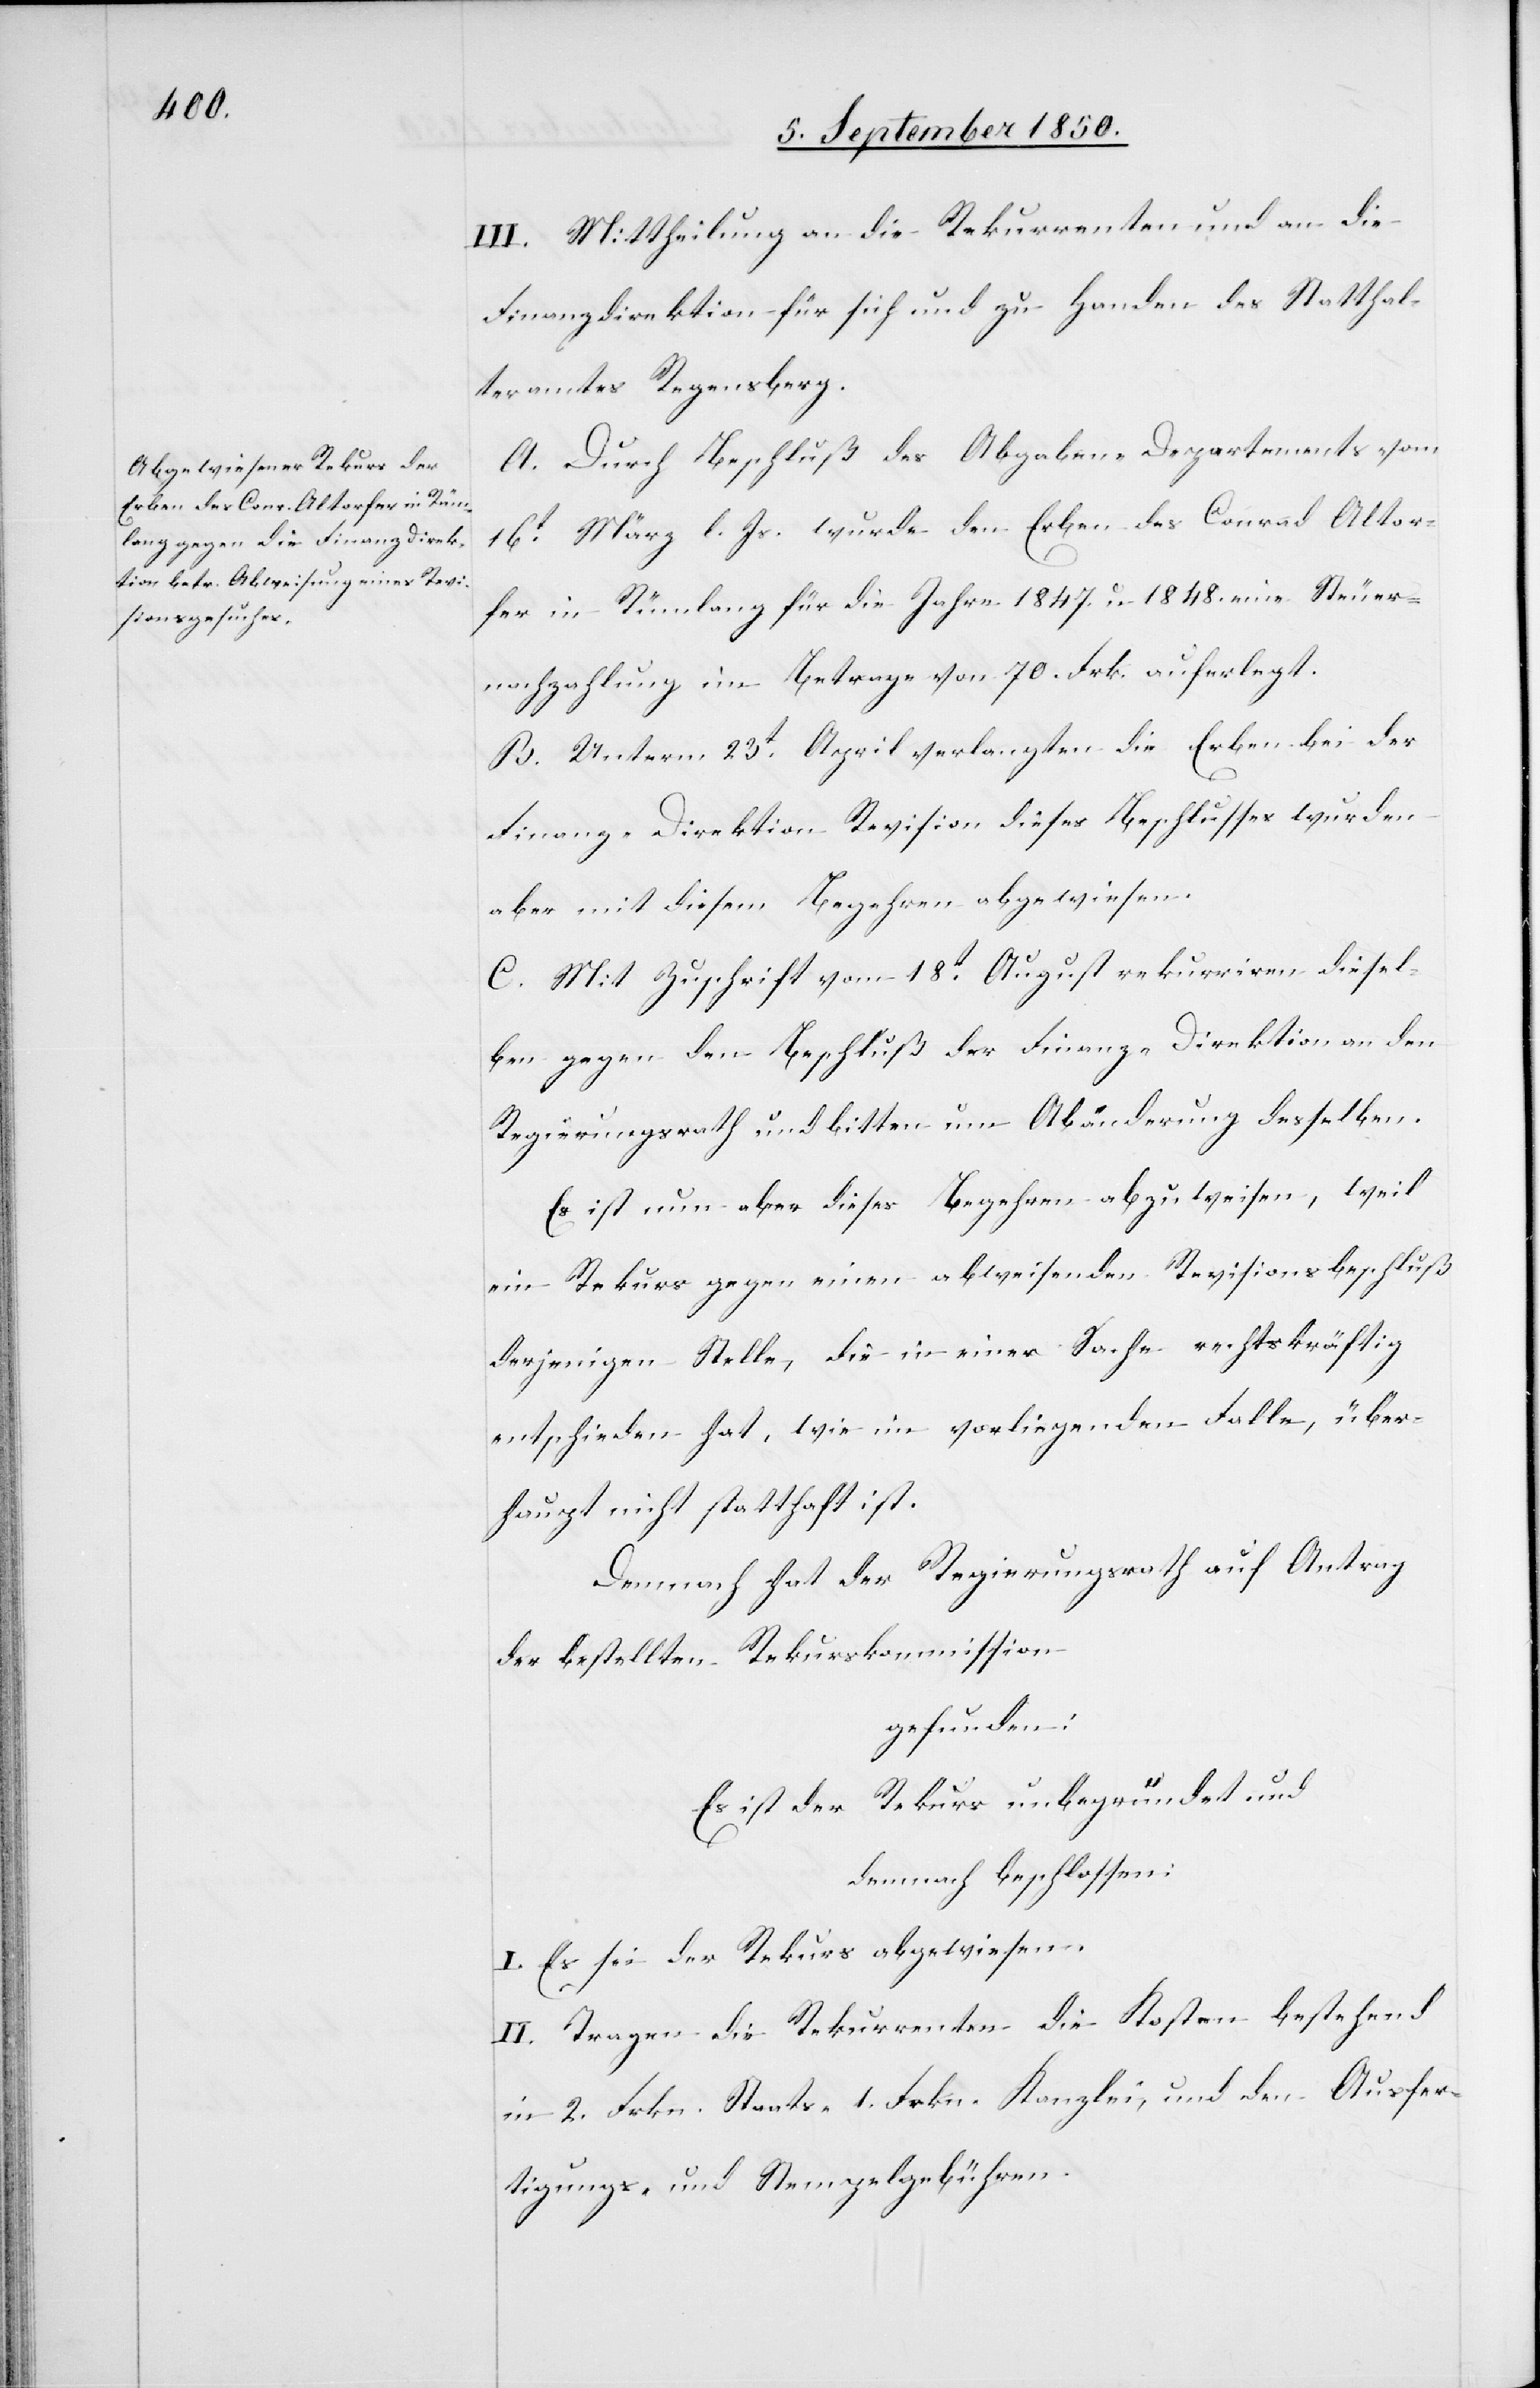
III. Mittheilung an die Rekurrenten und an die
Finanzdirektion für sich und zu Handen des Statthal¬
teramtes Regensberg.
A. Durch Beschluß des Abgaben-Departements vom
16t März l. Js. wurde den Erben des Conrad Altor¬
fer in Rümlang für die Jahre 1847. u. 1848. eine Steuer¬
nachzahlung im Betrage von 70. Frk. auferlegt.
B. Unterm 23t April verlangten die Erben bei der
Finanz-Direktion Revision dieses Beschlusses wurden
aber mit diesem Begehren abgewiesen.
C. Mit Zuschrift vom 18t August rekurriren diesel¬
ben gegen den Beschluß der Finanz-Direktion an den
Regierungsrath und bitten um Abänderung desselben.
Es ist nun aber dieses Begehren abzuweisen, weil
ein Rekurs gegen einen abweisenden Revisionsbeschluß
derjenigen Stelle, die in einer Sache rechtskräftig
entschieden hat, wie im vorliegenden Falle, über¬
haupt nicht statthaft ist.
Demnach hat der Regierungsrath auf Antrag
der bestellten Rekurskommission
gefunden:
Es ist der Rekurs unbegründet und
demnach beschlossen:
I. Es sei der Rekurs abgewiesen.
II. Tragen die Rekurrenten die Kosten bestehend
in 2. Frkn. Staats- 1. Frkn. Kanzlei- und den Ausfer¬
tigungs- und Stempelgebühren.